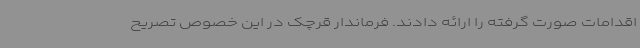
اقدامات صورت گرفته را ارائه دادند. فرماندار قرچک در این خصوص تصریح